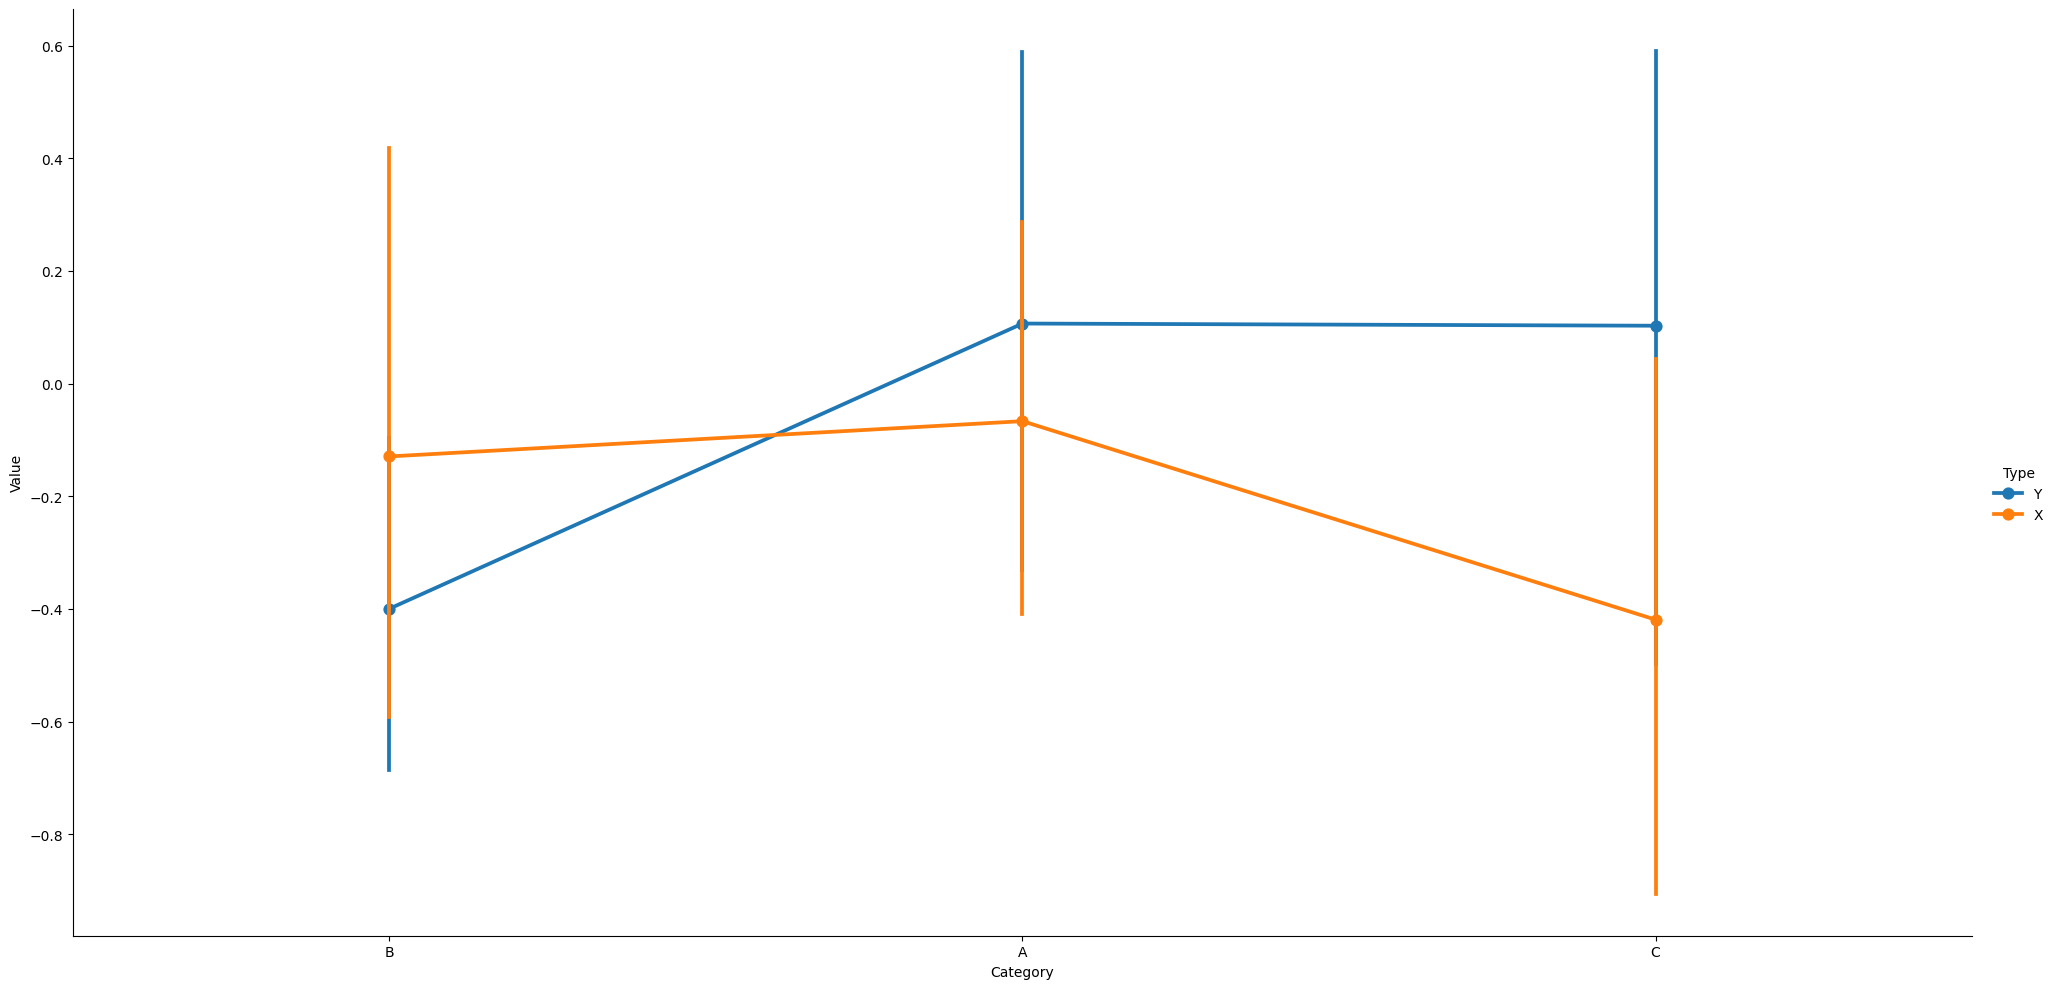
python, seaborn, catplot, kind='point', height=10, aspect=2